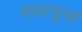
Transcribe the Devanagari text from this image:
यथापूर्ण